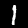
Label: 1